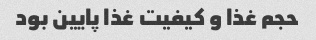
حجم غذا و کیفیت غذا پایین بود